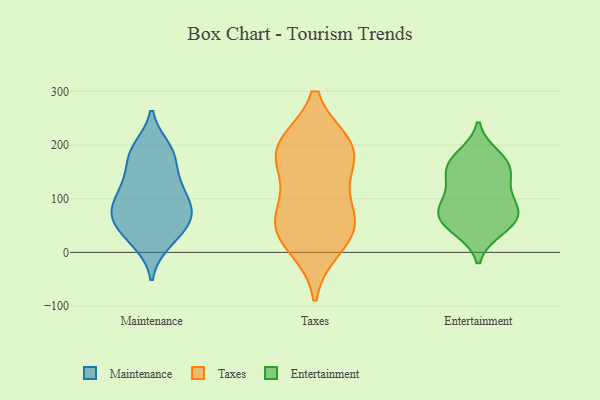
{"axis": {"x": "Operating Costs (USD K)", "y": "Value"}, "legend": ["Entertainment", "Maintenance", "Taxes"], "data": [{"x": "", "y": 166, "type": "Maintenance"}, {"x": "", "y": 77, "type": "Maintenance"}, {"x": "", "y": 196, "type": "Maintenance"}, {"x": "", "y": 190, "type": "Maintenance"}, {"x": "", "y": 133, "type": "Maintenance"}, {"x": "", "y": 98, "type": "Maintenance"}, {"x": "", "y": 106, "type": "Maintenance"}, {"x": "", "y": 56, "type": "Maintenance"}, {"x": "", "y": 69, "type": "Maintenance"}, {"x": "", "y": 119, "type": "Maintenance"}, {"x": "", "y": 128, "type": "Maintenance"}, {"x": "", "y": 82, "type": "Maintenance"}, {"x": "", "y": 53, "type": "Maintenance"}, {"x": "", "y": 195, "type": "Maintenance"}, {"x": "", "y": 169, "type": "Maintenance"}, {"x": "", "y": 16, "type": "Maintenance"}, {"x": "", "y": 59, "type": "Maintenance"}, {"x": "", "y": 19, "type": "Maintenance"}, {"x": "", "y": 34, "type": "Maintenance"}, {"x": "", "y": 75, "type": "Maintenance"}, {"x": "", "y": 11, "type": "Taxes"}, {"x": "", "y": 34, "type": "Taxes"}, {"x": "", "y": 72, "type": "Taxes"}, {"x": "", "y": 199, "type": "Taxes"}, {"x": "", "y": 192, "type": "Taxes"}, {"x": "", "y": 56, "type": "Taxes"}, {"x": "", "y": 183, "type": "Taxes"}, {"x": "", "y": 198, "type": "Taxes"}, {"x": "", "y": 140, "type": "Taxes"}, {"x": "", "y": 60, "type": "Taxes"}, {"x": "", "y": 81, "type": "Entertainment"}, {"x": "", "y": 45, "type": "Entertainment"}, {"x": "", "y": 42, "type": "Entertainment"}, {"x": "", "y": 61, "type": "Entertainment"}, {"x": "", "y": 89, "type": "Entertainment"}, {"x": "", "y": 131, "type": "Entertainment"}, {"x": "", "y": 180, "type": "Entertainment"}, {"x": "", "y": 73, "type": "Entertainment"}, {"x": "", "y": 158, "type": "Entertainment"}, {"x": "", "y": 125, "type": "Entertainment"}, {"x": "", "y": 76, "type": "Entertainment"}, {"x": "", "y": 171, "type": "Entertainment"}, {"x": "", "y": 157, "type": "Entertainment"}]}